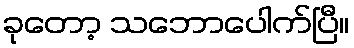
ခုတော့ သဘောပေါက်ပြီ။